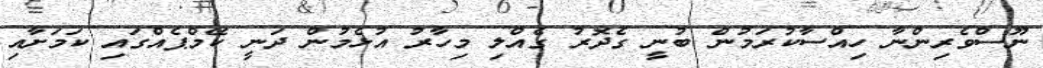
ނޫސްވެރިންނާ ހިއްސާކުރަމުން ބުނީ ގެދޮރު ގެއްލި މިހާރު އުޅެމުން ދަނީ ކޭމްޕެއްގައި ކަމަށާއި